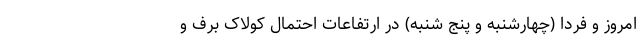
امروز و فردا (چهارشنبه و پنج شنبه) در ارتفاعات احتمال کولاک برف و